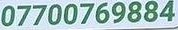
07700769884